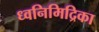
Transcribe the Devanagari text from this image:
ध्वनिमिद्रिका